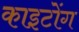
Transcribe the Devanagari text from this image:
काइटोंग